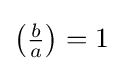
\left({\tfrac {b}{a}}\right)=1